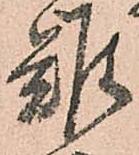
難